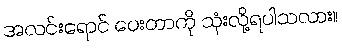
အလင်းရောင် ပေးတာကို သုံးလို့ရပါသလား။